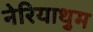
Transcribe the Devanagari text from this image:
नेरियाथुम